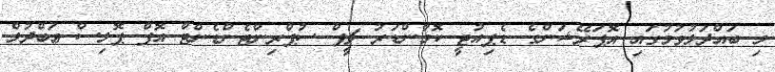
މި ބައްދަލުވުމުގައި އޮޕަރޭޝަންގެ ޑެޕިއުޓީ ކޮމާންޑަރު ޗީފް ސުޕްރިންޓެންޑެންޓް އޮފް ޕޮލިސް ޢަބްދުލް